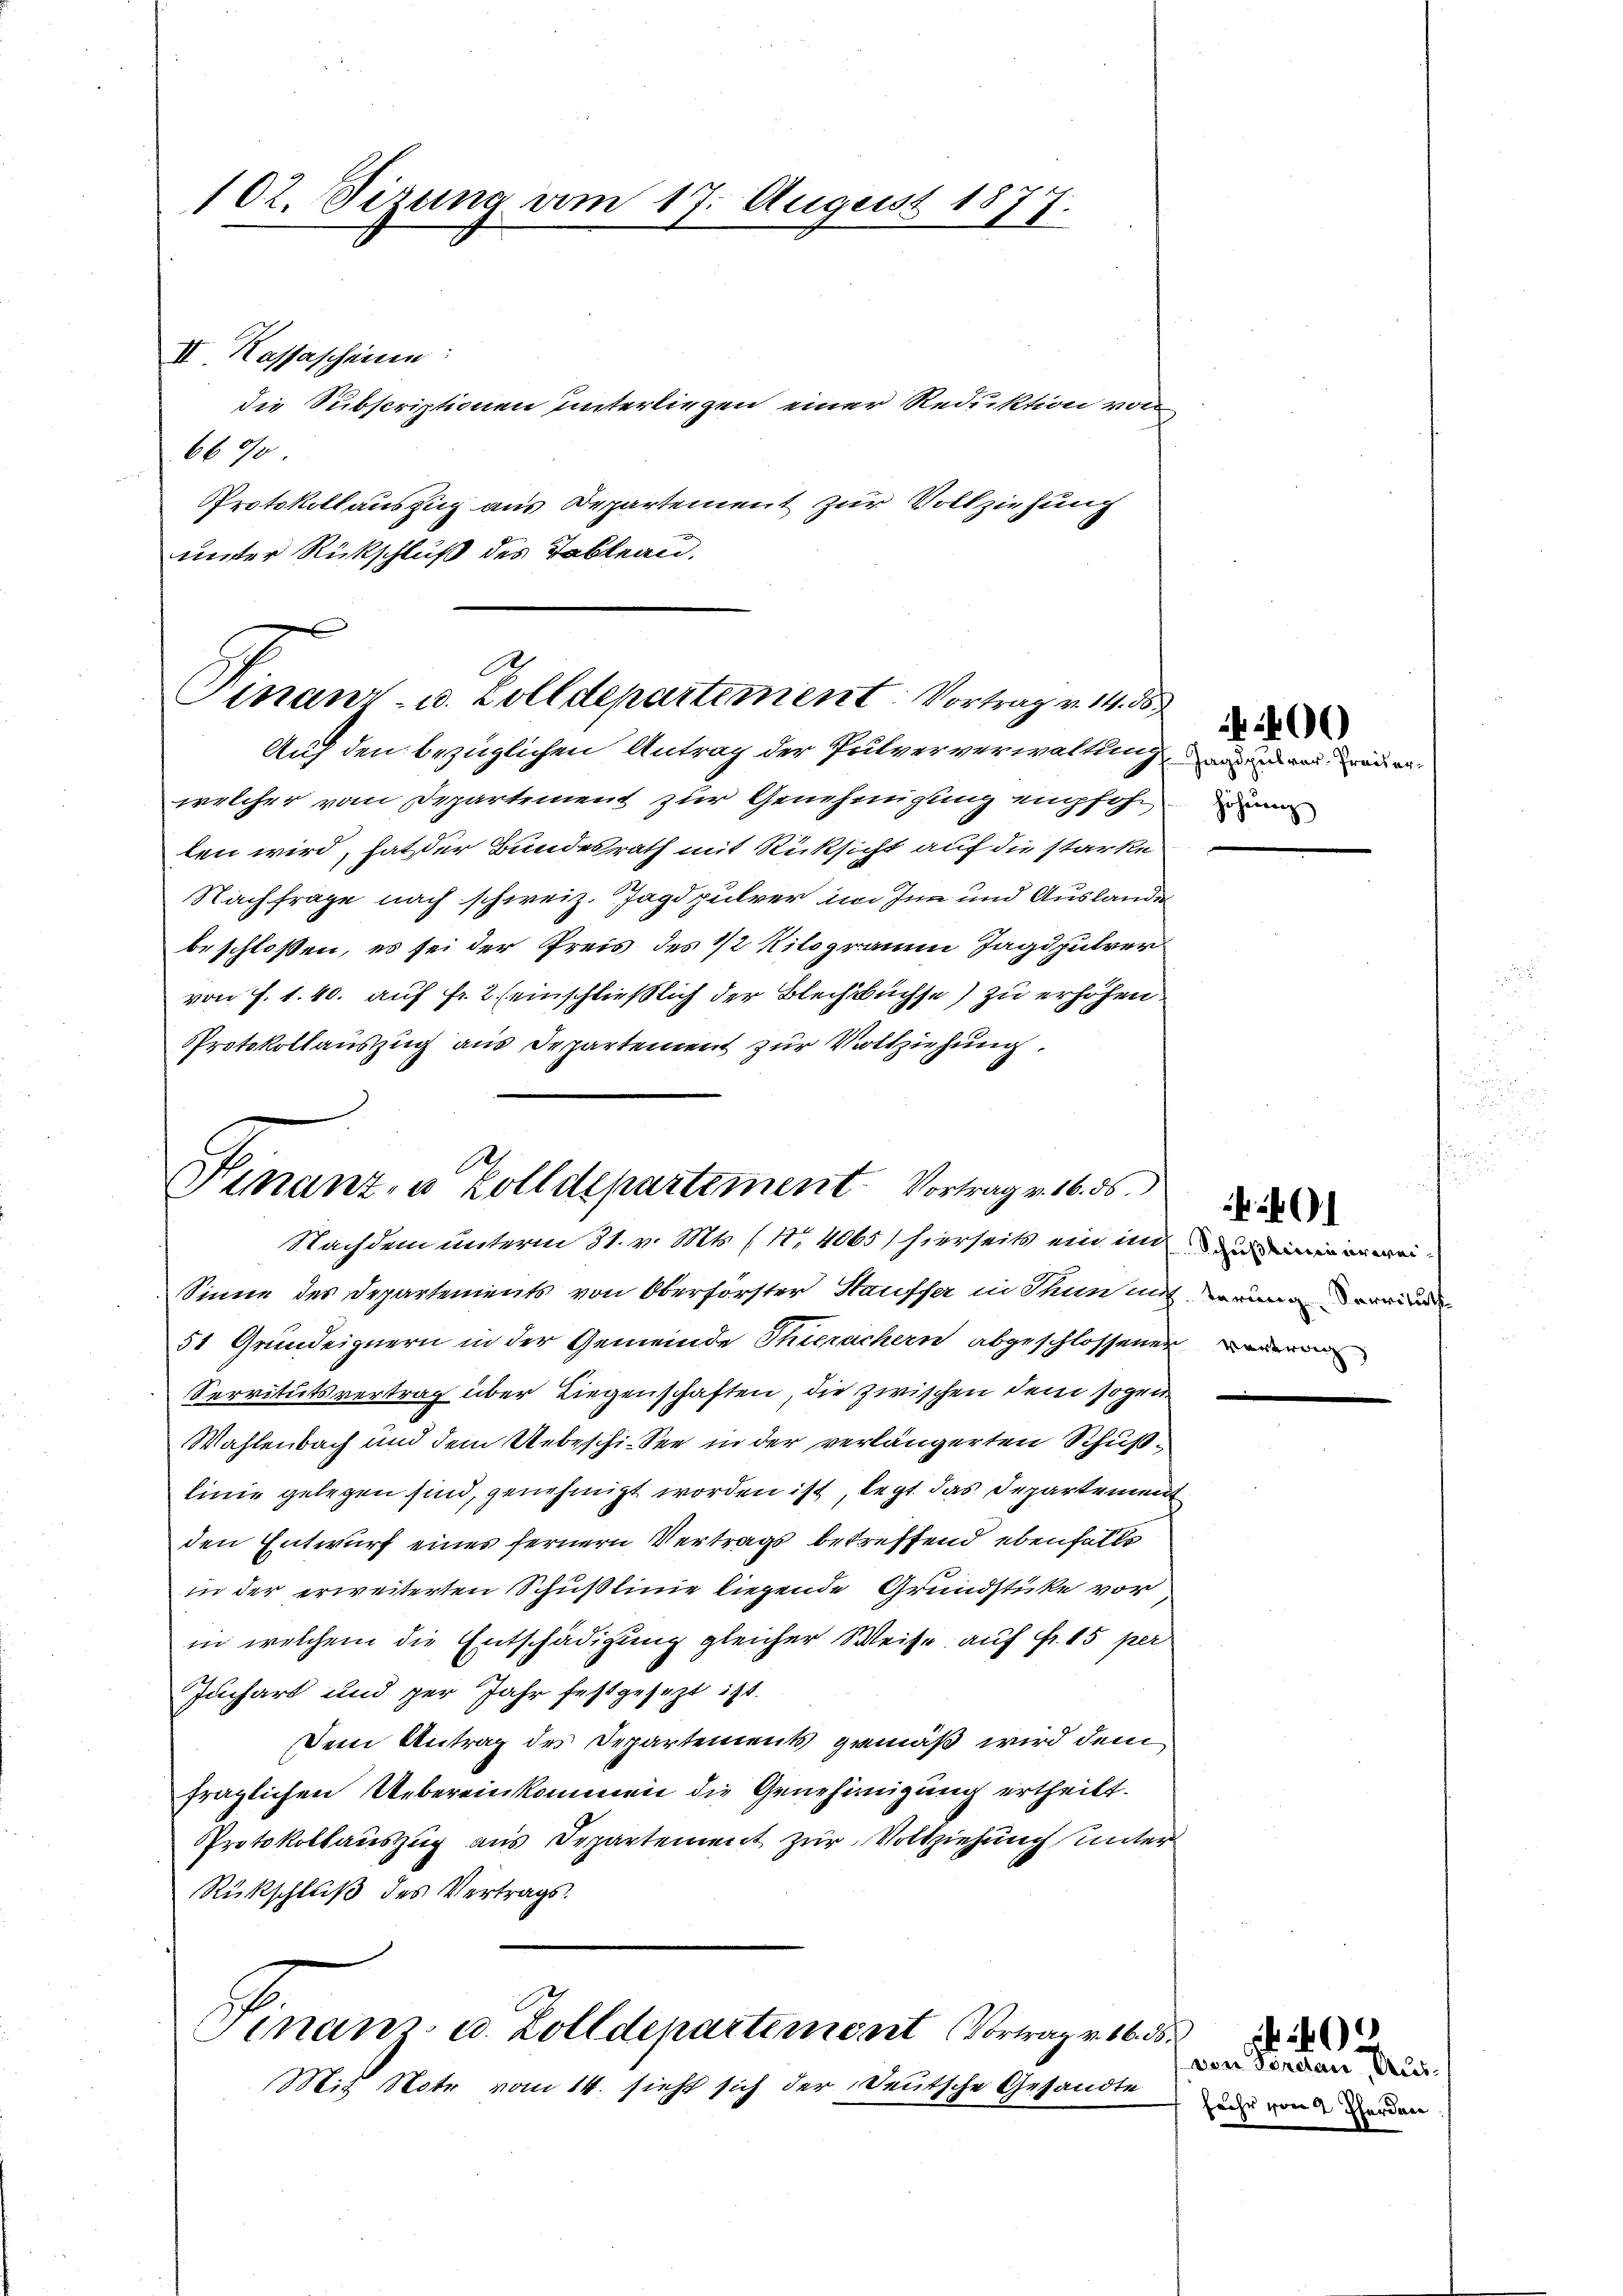
102. Sizung vom 17. August 1877.
1

II Kassascheine
6690
Protokollauszug aus Departement zur Vollziehung
unter Rückschluß des Tableau,

die Subscriptionen unterliegen einer Reduktion von

A
Finanz- u. Zolldepartement: Vortrag v. 14. 88.
Auf den bezüglichen Antrag der Pulververwaltung den reuer¬

Ah
Hinanz, u. Zolldepartement Vortrag v. 16. ds.
Nachdem unterm 31. v. Mts. (14065) hierseits ein und

welcher vom Departement zur Genehmigung empfohn. Dn
len wird, hat der Bundesrath mit Rücksicht auf die starke
Nachfrage nach schweiz. Jagdpulver im Inn und Auslande
beschloßen, es sei der Preis des 1/2 Kilogramm Jagdpulver
von J. 1. 40. auf Fr. 2 (einschließlich der Blechtbüchse) zu erhöhen.
Protokollauszug aus Departement zur Vollziehung.

Sinne des Departements von Oberförster Hauffer in Thun auf meinen e
51 Grundeignern in der Gemeinde Thierachern abgeschlossener
Servitutsvertrag über Liegenschaften, die zwischen dem sogen
Wahlenbach und dem Unbeschicken in der verlängerten Schußlinie gelegen sind, genehmigt worden ist, legt das Departement
den Entwurf eines fernern Vertrags betreffend ebenfalls
in der erweiterten Schußlinie liegende Grundstücke vor
in welchem die Entschädigung gleicher Weise auf Fr. 15 per
Juchart und per Jahr festgesezt ist.
Dem Antrag des Departements gemäß wird dem
fraglichen Uebereinkommen die Genehmigung ertheilt.
Protokollauszug aus Departement zur Vollziehung unter
Rückschluß des Vertrags.
inanz u. Zolldepartement Vortrag v. 16. d
Mit Note vom 14. sieht sich der Deutsche Gesandte

400)

h
Schuß einen erwei¬

von Torean, Ausfuhr von 2 Pferden

02